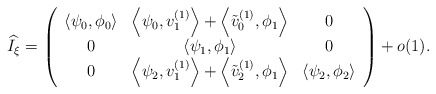
\begin{align*}\widehat{I}_\xi=\left(\begin{array}{ccc}\left<\psi_0,\phi_0\right> & \left<\psi_0,v_1^{(1)}\right>+\left<\tilde v_0^{(1)},\phi_1\right> & 0\\0 & \left<\psi_1,\phi_1\right> & 0\\0 & \left<\psi_2,v_1^{(1)}\right>+\left<\tilde v_2^{(1)},\phi_1\right> & \left<\psi_2,\phi_2\right>\end{array}\right) + o(1).\end{align*}